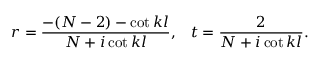
r = { \frac { - ( N - 2 ) - \mathrm { c o t } \, k l } { N + i \, \mathrm { c o t } \, k l } } , \; \; \; t = { \frac { 2 } { N + i \, \mathrm { c o t } \, k l } } .